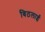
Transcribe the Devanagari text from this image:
बिठलाईं